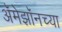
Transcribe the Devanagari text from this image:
अॅमेझॉनच्या